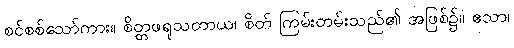
စင်စစ်သော်ကား။ စိတ္တဖရုသတာယ၊ စိတ် ကြမ်းတမ်းသည်၏ အဖြစ်၌။ ဧသာ၊